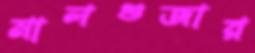
মালগুজার